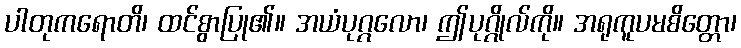
ပါတုကရောတိ၊ ထင်စွာပြု၏။ အယံပုဂ္ဂလော၊ ဤပုဂ္ဂိုလ်ကို။ အရုကူပမစိတ္တော၊